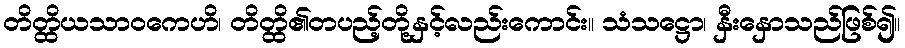
တိတ္ထိယသာဝကေဟိ၊ တိတ္ထိ၏တပည့်တို့နှင့်လည်းကောင်း။ သံသဋ္ဌော၊ နှီးနှောသည်ဖြစ်၍။